Vaccination North-Western Provinces 1866-1877 - 1866-1877
Year: 1866
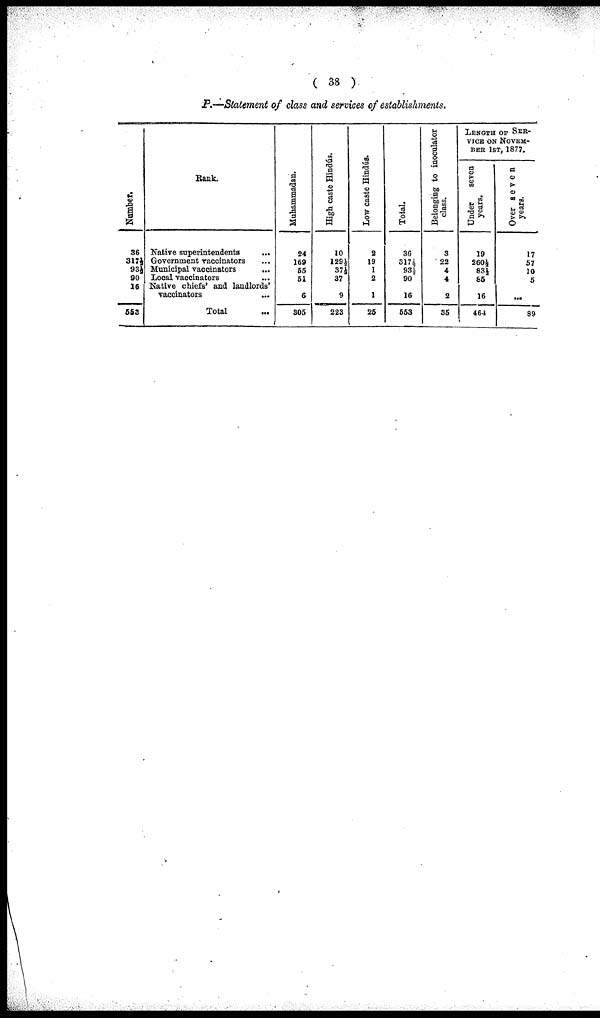
( 38 )
P.—Statement of class and services of establishments.
Number.
36
317½
93½
90
16
553
Rank.
Native superintendents
...
Government vaccinators ...
Municipal vaccinators
...
Local vaccinators ...
Native chiefs' and landlords'
vaccinators ...
Total ...
Muhammadan.
24
169
55
51
6
305
High caste Hindús.
10
129½
37½
37
9
223
Low caste Hindús.
2
19
1
2
1
25
Total.
36
317½
93½
90
16
553
Belonging to inoculator
class.
3
22
4
4
2
35
LENGTH OF SER-
VICE ON NOVEM-
--- 1ST, 1877.
Under
seven
years.
19
260½
83½
85
16
464
Over seven
years.
17
57
10
5
...
89